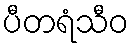
ပီတရံသီဝ